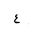
Letter: _ayn